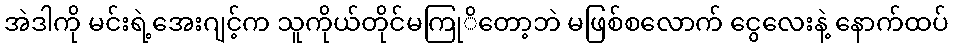
အဲဒါကို မင်းရဲ့အေးဂျင့်က သူကိုယ်တိုင်မကြုိတော့ဘဲ မဖြစ်စလောက် ငွေလေးနဲ့ နောက်ထပ်